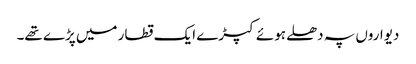
دیواروں پہ دھلے ہوئے کپڑے ایک قطار میں پڑے تھے۔